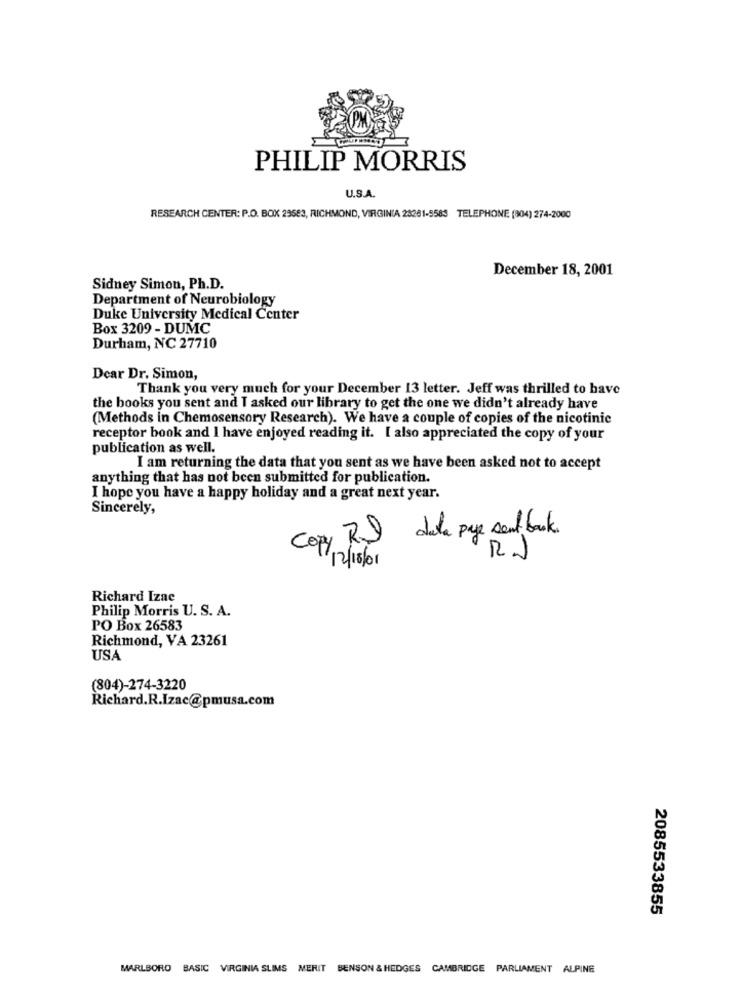
PHILIP MORRIS
U.S.A.
RESEARCH CENTER: P.O. BOX 29583, RICHMOND, VIRGINIA 28281-9583 TELEPHONE (804) 274-2000
December 18, 2001
Sidney Simon, Ph.D.
Department of Neurobiology
Duke University Medical Center
Box 3209 - DUMC
Durham, NC 27710
Dear Dr. Simon,
Thank you very much for your December 13 letter. Jeff was thrilled to have
the books you sent and I asked our library to get the one we didn't already have
(Methods in Chemosensory Research). We have a couple of copies of the nicotinic
receptor book and I have enjoyed reading it. I also appreciated the copy of your
publication as well.
I am returning the data that you sent as we have been asked not to accept
anything that has not been submitted for publication.
I hope you have a happy holiday and a great next year.
Sincerely,
Copy RI data paye sent back.
RJ
12/18/01
Richard Izae
Philip Morris U. S. A.
PO Box 26583
Richmond, VA 23261
USA
(804)-274-3220
Richard.R.Izac@pmusa.com
2085533855
MARLBORO BASIC VIRGINIA SLIMS MERIT BENSON & HEDGES CAMBRIDGE PARLIAMENT ALPINE